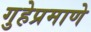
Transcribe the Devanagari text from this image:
गुहेप्रमाणे